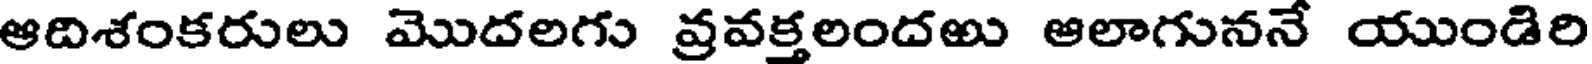
ఆదిశంకరులు మొదలగు వ్రవక్తలందఱు ఆలాగుననే యుండిరి